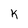
Character: K